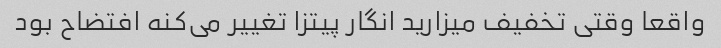
واقعا وقتی تخفیف میزارید انگار پیتزا تغییر می‌کنه افتضاح بود